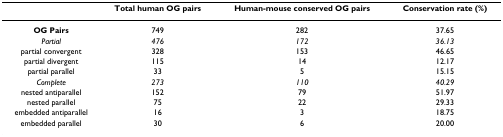
|  | Total human OG pairs | Human-mouse conserved OG pairs | Conservation rate (%) |
 | --- | --- | --- | --- |
 | OG Pairs | 749 | 282 | 37.65 |
 | Partial | 476 | 172 | 36.13 |
 | partial convergent | 328 | 153 | 46.65 |
 | partial divergent | 115 | 14 | 12.17 |
 | partial parallel | 33 | 5 | 15.15 |
 | Complete | 273 | 110 | 40.29 |
 | nested antiparallel | 152 | 79 | 51.97 |
 | nested parallel | 75 | 22 | 29.33 |
 | embedded antiparallel | 16 | 3 | 18.75 |
 | embedded parallel | 30 | 6 | 20.00 |